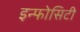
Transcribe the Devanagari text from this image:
इन्फोसिटी